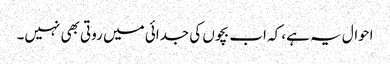
احوال یہ ہے، کہ اب بچوں کی جدائی میں روتی بھی نہیں۔